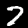
Label: 7